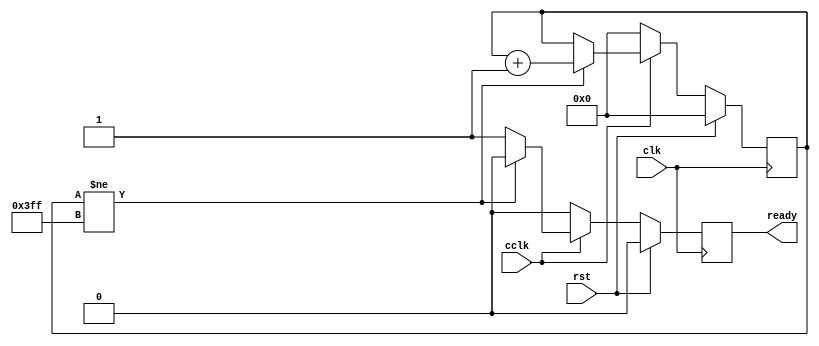
module cclk_detector_10 #(
    parameter CLK_RATE = 50000000
    )(
    input clk,
    input rst,
    input cclk,
    output ready
);

    parameter CTR_SIZE = $clog2(CLK_RATE/50000);

    reg [CTR_SIZE-1:0] ctr_d, ctr_q;
    reg ready_d, ready_q;

    assign ready = ready_q;

    // ready should only go high once cclk has been high for a while
    // if cclk ever falls, ready should go low again
    always @(ctr_q or cclk) begin
        ready_d = 1'b0;
        if (cclk == 1'b0) begin // when cclk is 0 reset the counter
            ctr_d = 1'b0;
        end else if (ctr_q != {CTR_SIZE{1'b1}}) begin
            ctr_d = ctr_q + 1'b1; // counter isn't max value yet
        end else begin
            ctr_d = ctr_q;
            ready_d = 1'b1; // counter reached the max, we are ready
        end

    end

    always @(posedge clk) begin
        if (rst) begin
            ctr_q <= 1'b0;
            ready_q <= 1'b0;
        end else begin
            ctr_q <= ctr_d;
            ready_q <= ready_d;
        end
    end
endmodule